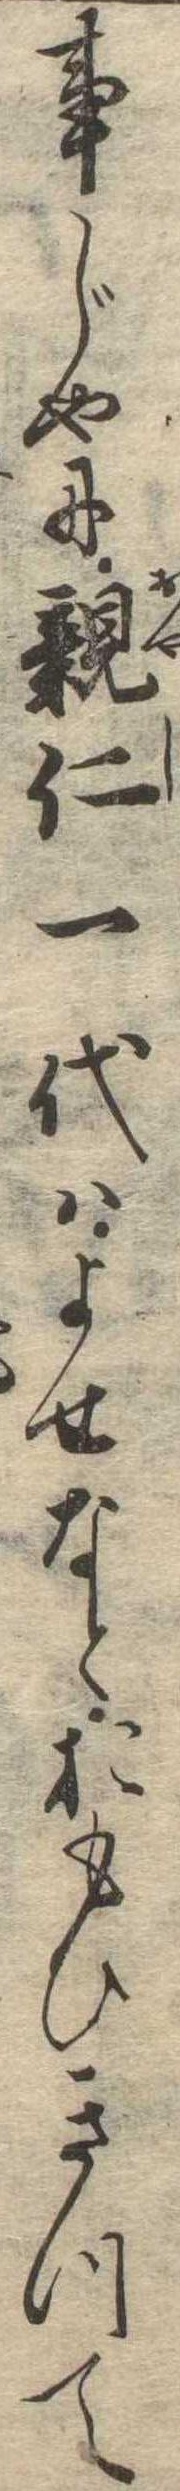
事じやに親仁一代はよせなとおもひきつて